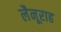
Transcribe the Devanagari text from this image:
लैनूराह